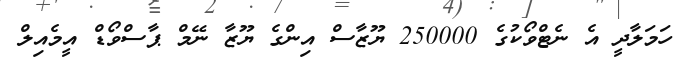
ހަމަލާދީ އެ ނެޓްވޯކުގެ 250000 ޔޫޒާސް އިންގެ ޔޫޒާ ނޭމް ޕާސްވޯޑް އީމެއިލް